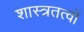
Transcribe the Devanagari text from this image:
शास्त्रतत्वों